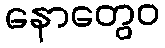
နောတွေဝ